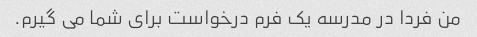
من فردا در مدرسه یک فرم درخواست برای شما می گیرم.